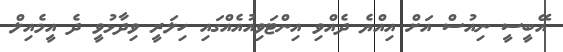
އޭބީސީ ނިއުސް އަށް އިއްޔެ ދެއްވި އިންޓަވިއުއެއްގައި ހިލަރީ ވިދާޅުވީ ދެ އީމެއިލް